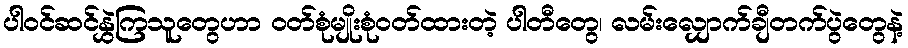
ပါဝင်ဆင်နွှဲကြသူတွေဟာ ဝတ်စုံမျိုးစုံဝတ်ထားတဲ့ ပါတီတွေ၊ လမ်းလျှောက်ချီတက်ပွဲတွေနဲ့